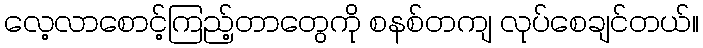
လေ့လာစောင့်ကြည့်တာတွေကို စနစ်တကျ လုပ်စေချင်တယ်။